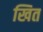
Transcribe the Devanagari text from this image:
खित